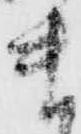
ま